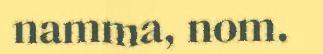
namma, nom.